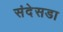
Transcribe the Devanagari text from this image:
संदेसडा